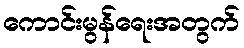
ကောင်းမွန်ရေးအတွက်